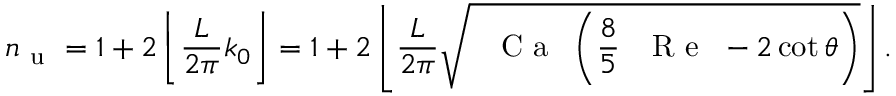
n _ { \mathrm { ~ u ~ } } = 1 + 2 \left\lfloor \frac { L } { 2 \pi } k _ { 0 } \right\rfloor = 1 + 2 \left\lfloor \frac { L } { 2 \pi } \sqrt { \mathrm { ~ \textit ~ { ~ C ~ a ~ } ~ } \left( \frac { 8 } { 5 } \mathrm { ~ \textit ~ { ~ R ~ e ~ } ~ } - 2 \cot \theta \right) } \right\rfloor .